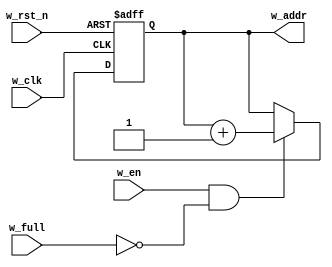
module w_counter #(
                    parameter ADDR_WIDTH = 3
                  )
(
input   wire                     w_clk   ,
input   wire                     w_rst_n ,
input   wire                     w_en    ,
input   wire                     w_full  ,
output  reg     [ADDR_WIDTH:0]   w_addr     // binary
);

////// Write Address binary pointer //////
always @(posedge w_clk or negedge w_rst_n)
 begin
    if(!w_rst_n)
     begin
        w_addr <= 'b0 ;
     end
    else if(w_en & !w_full) // write then increament
     begin
        w_addr <= w_addr + 1'b1 ;
     end
 end

endmodule